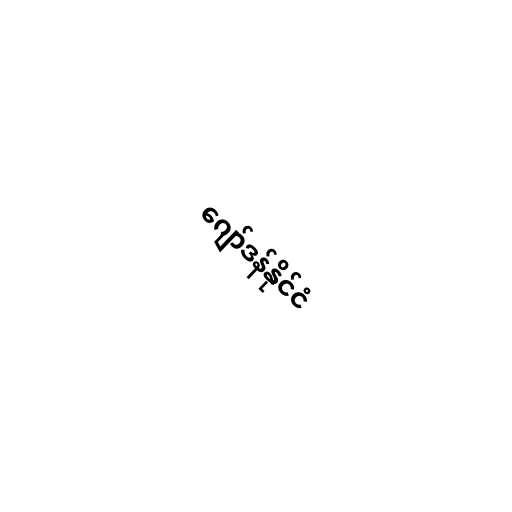
ဂျော်ဒန်နိုင်ငံ